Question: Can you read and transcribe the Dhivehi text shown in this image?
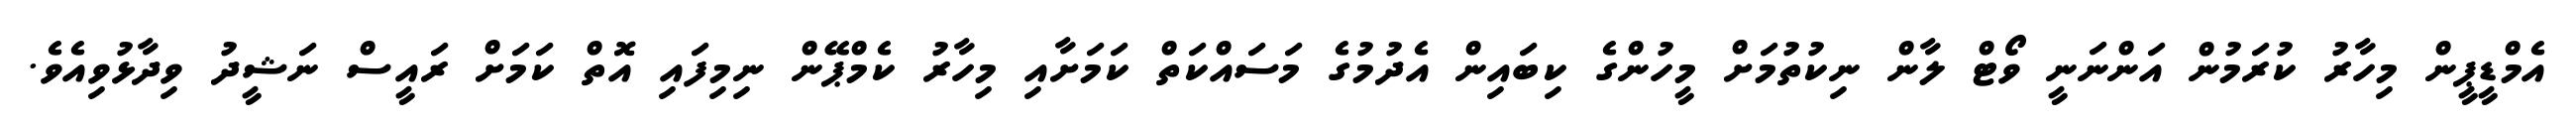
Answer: އެމްޑީޕީން މިހާރު ކުރަމުން އަންނަނީ ވޯޓް ލާން ނިކުތުމަށް މީހުންގެ ކިބައިން އެދުމުގެ މަސައްކަތް ކަމަށާއި މިހާރު ކެމްޕޭން ނިމިފައި އޮތް ކަމަށް ރައީސް ނަޝީދު ވިދާޅުވިއެވެ.